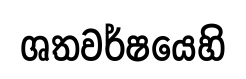
ශතවර්ෂයෙහි